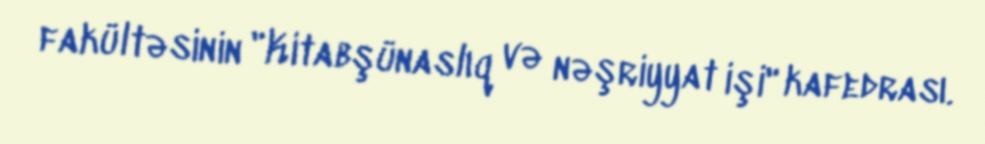
fakültəsinin "Kitabşünaslıq və nəşriyyat işi" kafedrası.